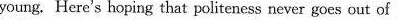
young. Here's hoping that politeness never goes out of